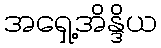
အရှေ့အိန္ဒိယ